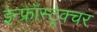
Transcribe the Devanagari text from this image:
इन्फ्रॉस्ट्रक्चर